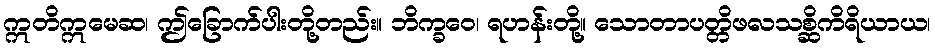
ဣတိဣမေဆ၊ ဤခြောက်ပါးတို့တည်း။ ဘိက္ခဝေ၊ ရဟန်းတို့။ သောတာပတ္တိဖလသစ္ဆိကိရိယာယ၊